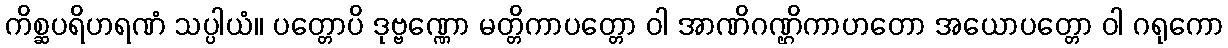
ကိစ္ဆပရိဟရဏံ သပ္ပါယံ။ ပတ္တောပိ ဒုဗ္ဗဏ္ဏော မတ္တိကာပတ္တော ဝါ အာဏိဂဏ္ဌိကာဟတော အယောပတ္တော ဝါ ဂရုကော